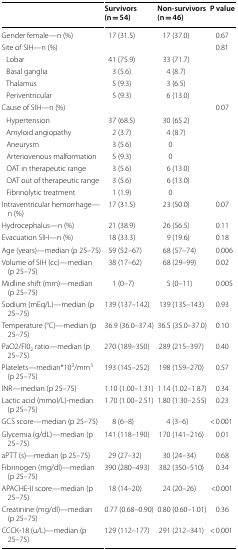
<table><thead><tr><td></td><td><b>Survivors(n = 54)</b></td><td><b>Non-survivors(n = 46)</b></td><td><b>P value</b></td></tr></thead><tbody><tr><td>Gender female—n (%)</td><td>17 (31.5)</td><td>17 (37.0)</td><td>0.67</td></tr><tr><td>Site of SIH—n (%)</td><td></td><td></td><td>0.81</td></tr><tr><td> Lobar</td><td>41 (75.9)</td><td>33 (71.7)</td><td></td></tr><tr><td> Basal ganglia</td><td>3 (5.6)</td><td>4 (8.7)</td><td></td></tr><tr><td> Thalamus</td><td>5 (9.3)</td><td>3 (6.5)</td><td></td></tr><tr><td> Periventricular</td><td>5 (9.3)</td><td>6 (13.0)</td><td></td></tr><tr><td>Cause of SIH—n (%)</td><td></td><td></td><td>0.07</td></tr><tr><td> Hypertension</td><td>37 (68.5)</td><td>30 (65.2)</td><td></td></tr><tr><td> Amyloid angiopathy</td><td>2 (3.7)</td><td>4 (8.7)</td><td></td></tr><tr><td> Aneurysm</td><td>3 (5.6)</td><td>0</td><td></td></tr><tr><td> Arteriovenous malformation</td><td>5 (9.3)</td><td>0</td><td></td></tr><tr><td> OAT in therapeutic range</td><td>3 (5.6)</td><td>6 (13.0)</td><td></td></tr><tr><td> OAT out of therapeutic range</td><td>3 (5.6)</td><td>6 (13.0)</td><td></td></tr><tr><td> Fibrinolytic treatment</td><td>1 (1.9)</td><td>0</td><td></td></tr><tr><td>Intraventricular hemorrhage—n (%)</td><td>17 (31.5)</td><td>23 (50.0)</td><td>0.07</td></tr><tr><td>Hydrocephalus—n (%)</td><td>21 (38.9)</td><td>26 (56.5)</td><td>0.11</td></tr><tr><td>Evacuation SIH—n (%)</td><td>18 (33.3)</td><td>9 (19.6)</td><td>0.18</td></tr><tr><td>Age (years)—median (p 25–75)</td><td>59 (52–67)</td><td>68 (57–74)</td><td>0.006</td></tr><tr><td>Volume of SIH (cc)—median (p 25–75)</td><td>38 (17–62)</td><td>68 (29–99)</td><td>0.02</td></tr><tr><td>Midline shift (mm)—median (p 25–75)</td><td>1 (0–7)</td><td>5 (0–11)</td><td>0.005</td></tr><tr><td>Sodium (mEq/L)—median (p 25–75)</td><td>139 (137–142)</td><td>139 (135–143)</td><td>0.93</td></tr><tr><td>Temperature (°C)—median (p 25–75)</td><td>36.9 (36.0–37.4)</td><td>36.5 (35.0–37.0)</td><td>0.10</td></tr><tr><td>PaO2/FI0<sub>2</sub> ratio—median (p 25–75)</td><td>270 (189–350)</td><td>289 (215–397)</td><td>0.40</td></tr><tr><td>Platelets—median*10<sup>3</sup>/mm<sup>3</sup> (p 25–75)</td><td>193 (145–252)</td><td>198 (159–270)</td><td>0.57</td></tr><tr><td>INR—median (p 25–75)</td><td>1.10 (1.00–1.31)</td><td>1.14 (1.02–1.87)</td><td>0.34</td></tr><tr><td>Lactic acid (mmol/L)-median (p 25–75)</td><td>1.70 (1.00–2.51)</td><td>1.80 (1.30–2.55)</td><td>0.23</td></tr><tr><td>GCS score—median (p 25–75)</td><td>8 (6–8)</td><td>4 (3–6)</td><td>&lt; 0.001</td></tr><tr><td>Glycemia (g/dL)—median (p 25–75)</td><td>141 (118–190)</td><td>170 (141–216)</td><td>0.01</td></tr><tr><td>aPTT (s)—median (p 25–75)</td><td>29 (27–32)</td><td>30 (24–34)</td><td>0.68</td></tr><tr><td>Fibrinogen (mg/dl)—median (p 25–75)</td><td>390 (280–493)</td><td>382 (350–510)</td><td>0.34</td></tr><tr><td>APACHE-II score—median (p 25–75)</td><td>18 (14–20)</td><td>24 (20–26)</td><td>&lt;0.001</td></tr><tr><td>Creatinine (mg/dl)—median (p 25–75)</td><td>0.77 (0.68–0.90)</td><td>0.80 (0.60–1.01)</td><td>0.36</td></tr><tr><td>CCCK-18 (u/L)—median (p 25–75)</td><td>129 (112–177)</td><td>291 (212–341)</td><td>&lt; 0.001</td></tr></tbody></table>